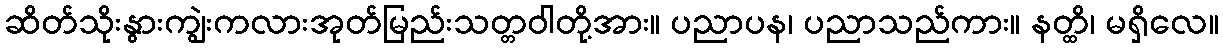
ဆိတ်သိုးနွားကျွဲးကလားအုတ်မြည်းသတ္တဝါတို့အား။ ပညာပန၊ ပညာသည်ကား။ နတ္ထိ၊ မရှိလေ။